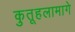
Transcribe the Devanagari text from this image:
कुतूहलामागे